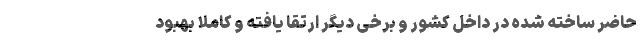
حاضر ساخته شده در داخل کشور و برخی دیگر ارتقا یافته و کاملا بهبود